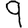
Digit: 9